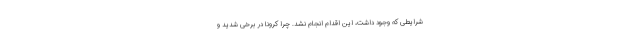
شرایطی که وجود داشت، این اقدام انجام نشد. چرا کرونا در برخی شدید و